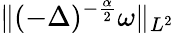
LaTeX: \Vert(-\Delta)^{-\frac{\alpha}{2}}\omega\Vert_{L^{2}}